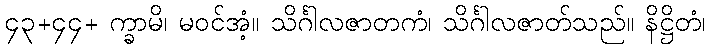
၄၃+၄၄+ က္ခာမိ၊ မဝင်အံ့။ သိင်္ဂါလဇာတကံ၊ သိင်္ဂါလဇာတ်သည်။ နိဋ္ဌိတံ၊